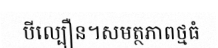
បីល្បឿន។សមត្ថភាពថ្មធំ